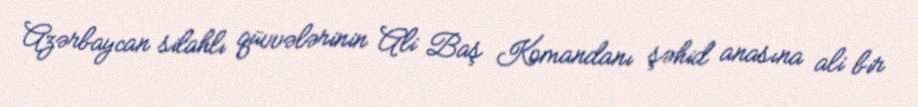
Azərbaycan silahlı qüvvələrinin Ali Baş Komandanı şəhid anasına ali bir